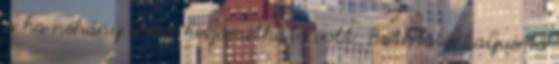
is ha néhány dolog kiszámítható volt. Batista és LaGuerta